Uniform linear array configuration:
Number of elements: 32
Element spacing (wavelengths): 1
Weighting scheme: hann
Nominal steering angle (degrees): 15
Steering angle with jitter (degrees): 16.595
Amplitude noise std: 0.05
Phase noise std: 0.05

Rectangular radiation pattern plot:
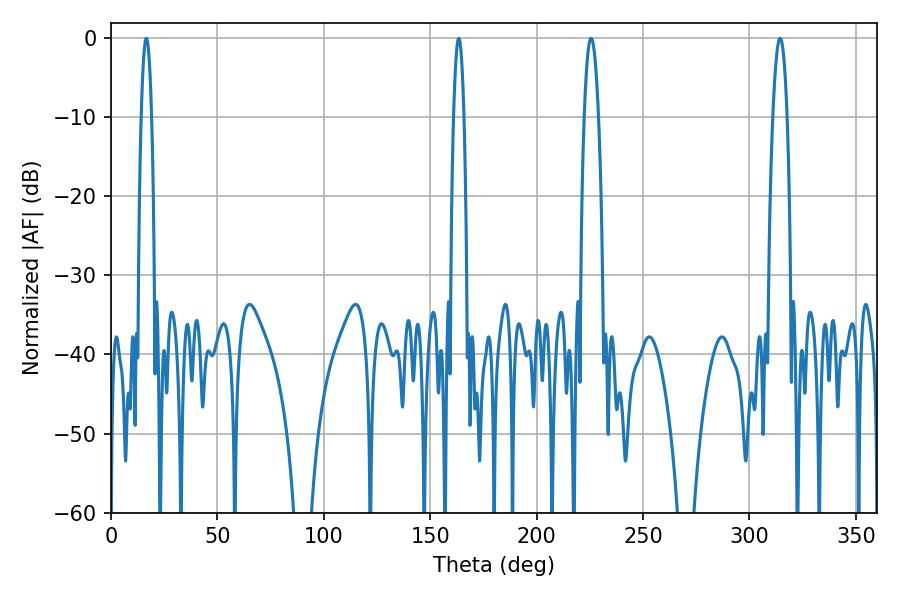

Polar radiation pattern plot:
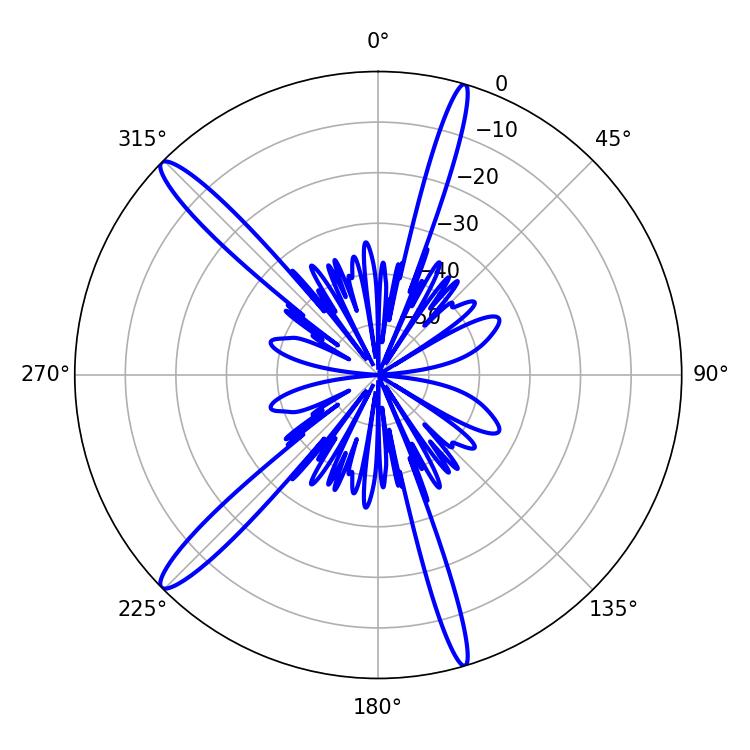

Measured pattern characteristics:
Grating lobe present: TRUE
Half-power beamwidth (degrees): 3.78
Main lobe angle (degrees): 225.54